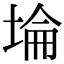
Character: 埨